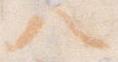
八